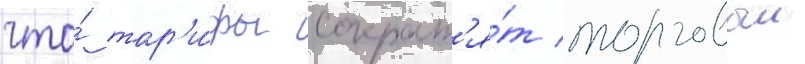
что́ тар'и́фы сократ'я́т торговыи